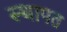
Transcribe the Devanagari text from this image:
स्थापत